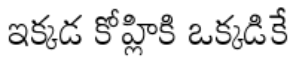
ఇక్కడ కోహ్లికి ఒక్కడికే